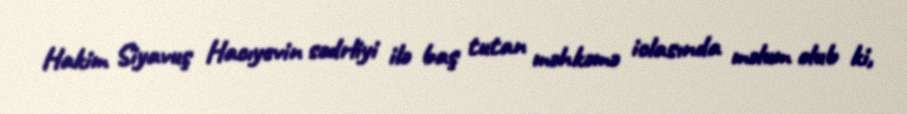
Hakim Siyavuş Hacıyevin sədrliyi ilə baş tutan məhkəmə iclasında məlum olub ki,